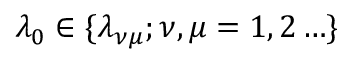
\lambda _ { 0 } \in \{ \lambda _ { \nu \mu } ; \nu , \mu = 1 , 2 \ldots \}